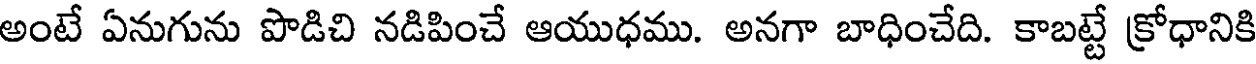
అంటే ఏనుగును పొడిచి నడిపించే ఆయుధము. అనగా బాధించేది. కాబట్టే క్రోధానికి